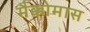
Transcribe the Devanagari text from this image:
मैक्कोमास